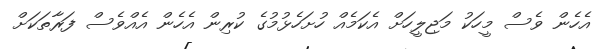
އެހެން ވެސް މީހަކު މަޖިލީހަށް އެކަމެއް ހުށަހެޅުމުގެ ކުރިން އެހެން އެއްވެސް ފަރާތަކަށް